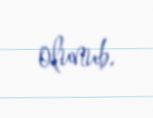
olunub.